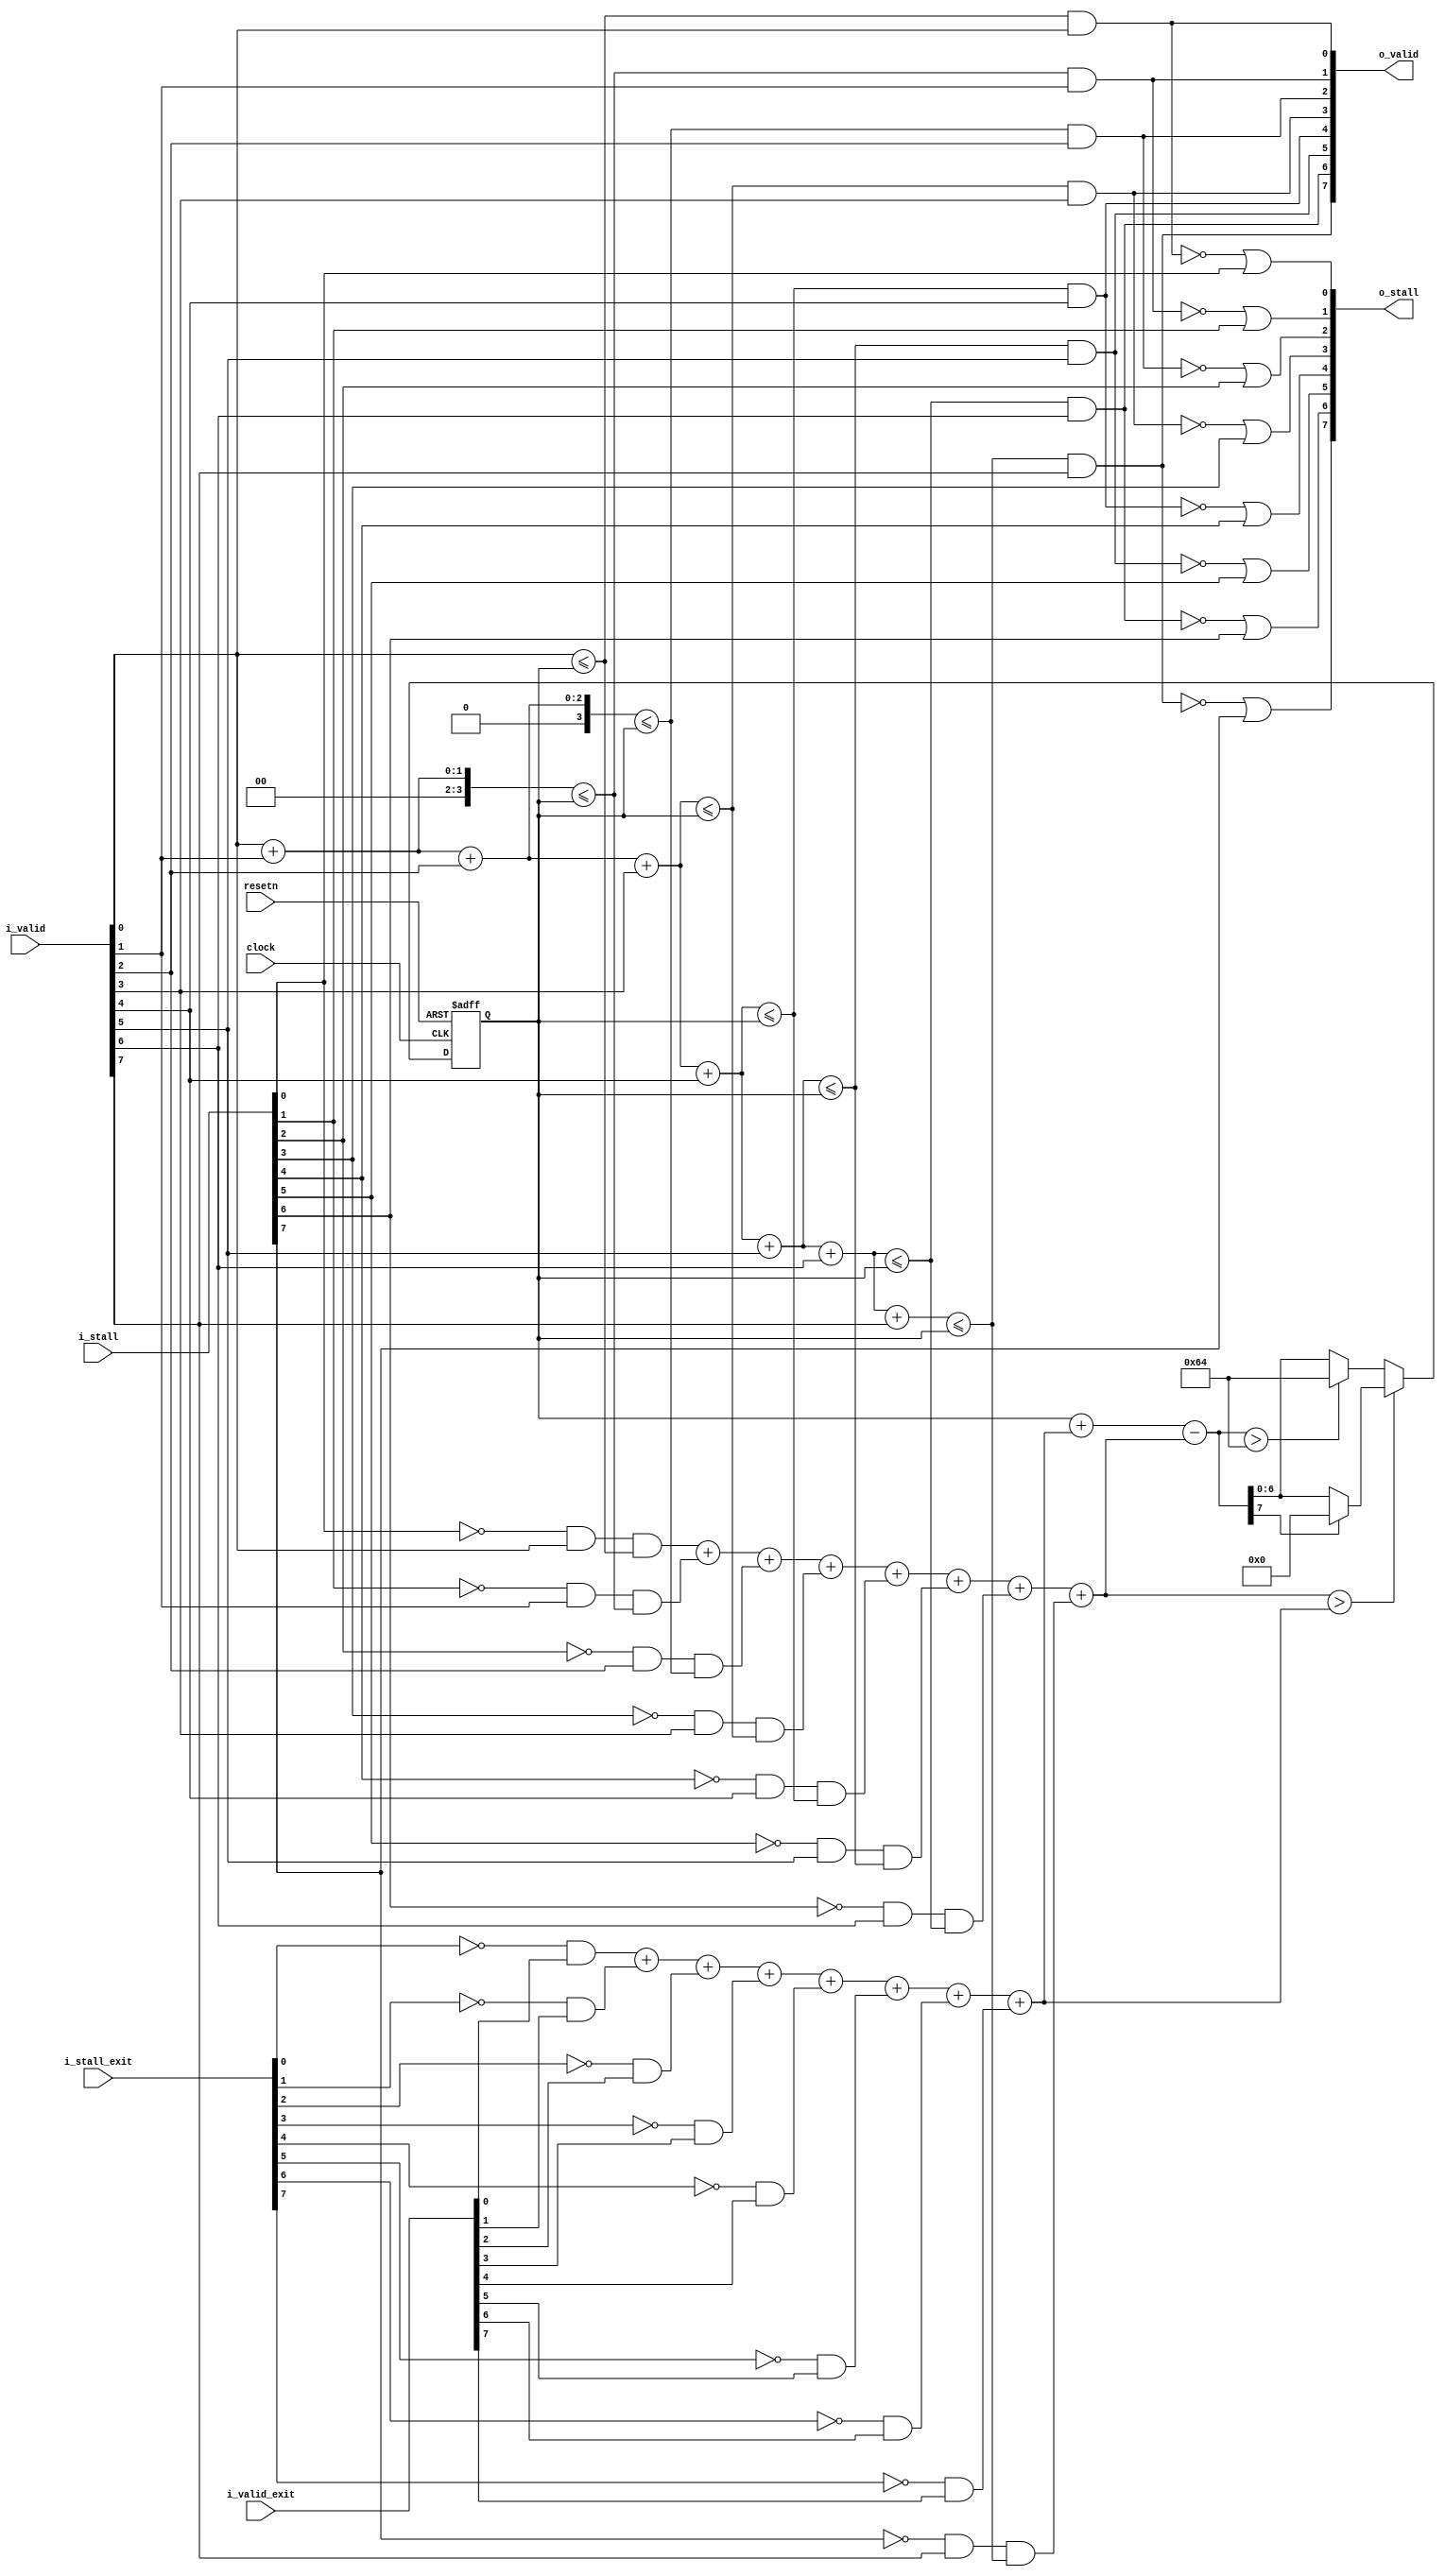
module acl_loop_limiter #(
  parameter ENTRY_WIDTH = 8,
            EXIT_WIDTH = 8, 
            THRESHOLD = 100,             
            THRESHOLD_NO_DELAY = 0, 
            PEXIT_WIDTH = (EXIT_WIDTH == 0)? 1 : EXIT_WIDTH 
)(
  input                        clock,
  input                        resetn,
  input  [ENTRY_WIDTH-1:0]     i_valid,
  input  [ENTRY_WIDTH-1:0]     i_stall,  
  input  [PEXIT_WIDTH-1:0]     i_valid_exit,
  input  [PEXIT_WIDTH-1:0]     i_stall_exit,
  output [ENTRY_WIDTH-1:0]     o_valid,
  output [ENTRY_WIDTH-1:0]     o_stall  
);
localparam  ADD_WIDTH = $clog2(ENTRY_WIDTH + 1);
localparam  SUB_WIDTH = $clog2(PEXIT_WIDTH + 1);
localparam  THRESHOLD_W = $clog2(THRESHOLD + 1);
integer i;
wire [ENTRY_WIDTH-1:0]  inc_bin;
wire [ADD_WIDTH-1:0]    inc_wire [ENTRY_WIDTH]; 
wire [PEXIT_WIDTH-1:0]  dec_bin;
wire [SUB_WIDTH-1:0]    dec_wire [PEXIT_WIDTH];   
wire [ADD_WIDTH-1:0]    inc_value [ENTRY_WIDTH]; 
wire                    decrease_allow; 
wire [THRESHOLD_W:0]    valid_allow_wire;
reg  [THRESHOLD_W-1:0]  counter_next, valid_allow;
wire [ENTRY_WIDTH-1:0]  limit_mask;
wire [ENTRY_WIDTH-1:0]  accept_inc_bin;
assign decrease_allow =  inc_value[ENTRY_WIDTH-1] > dec_wire[PEXIT_WIDTH-1];
assign valid_allow_wire =  valid_allow  +  dec_wire[PEXIT_WIDTH-1] - inc_value[ENTRY_WIDTH-1];
always @(*) begin
  if(decrease_allow) counter_next = valid_allow_wire[THRESHOLD_W]? 0 : valid_allow_wire[THRESHOLD_W-1:0];  
  else counter_next = (valid_allow_wire > THRESHOLD)? THRESHOLD : valid_allow_wire[THRESHOLD_W-1:0];      
end
wire  [THRESHOLD_W:0]   valid_allow_temp; 
assign valid_allow_temp = valid_allow + dec_wire[PEXIT_WIDTH-1];
wire  [THRESHOLD_W:0]   valid_allow_check; 
assign valid_allow_check = (THRESHOLD_NO_DELAY? valid_allow_temp : {1'b0,valid_allow} );   
genvar z;
generate  
    for(z=0; z<ENTRY_WIDTH; z=z+1) begin : GEN_COMB_ENTRY
      assign inc_bin[z] = ~i_stall[z] & i_valid[z];
      assign inc_wire[z] = (z==0)? i_valid[0] : inc_wire[z-1] + i_valid[z];    
      assign limit_mask[z] = inc_wire[z] <= (THRESHOLD_NO_DELAY? valid_allow_temp : valid_allow);   
      assign accept_inc_bin[z] = inc_bin[z] & limit_mask[z]; 
      assign inc_value[z] = (z==0)? accept_inc_bin[0] : inc_value[z-1] + accept_inc_bin[z];
      assign o_valid[z] = limit_mask[z] & i_valid[z];
      assign o_stall[z] =  (ENTRY_WIDTH == 1)? (valid_allow_check == 0 | i_stall[z]) : (!o_valid[z] | i_stall[z]);    
    end
    for(z=0; z<PEXIT_WIDTH; z=z+1) begin : GEN_COMB_EXIT
      assign dec_bin[z] = !i_stall_exit[z] & i_valid_exit[z];
      assign dec_wire[z] = (z==0)? dec_bin[0] : dec_wire[z-1] + dec_bin[z];    
    end
endgenerate
always @(posedge clock or negedge resetn) begin    
  if(!resetn) begin
    valid_allow <= THRESHOLD;
  end
  else begin      
    valid_allow <= counter_next;    
  end
end   
endmodule